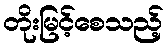
တိုးမြင့်စေသည့်